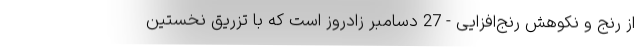
از رنج و نکوهش رنج‌افزایی - 27 دسامبر زادروز است که با تزریق نخستین